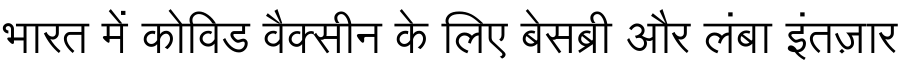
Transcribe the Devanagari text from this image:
भारत में कोविड वैक्सीन के लिए बेसब्री और लंबा इंतज़ार